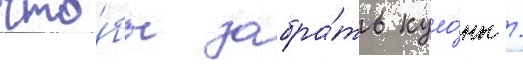
что́бы забра́ть куло́ны /